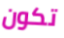
تكون